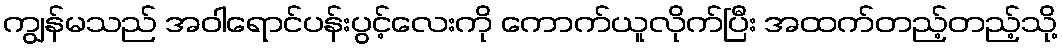
ကျွန်မသည် အဝါရောင်ပန်းပွင့်လေးကို ကောက်ယူလိုက်ပြီး အထက်တည့်တည့်သို့